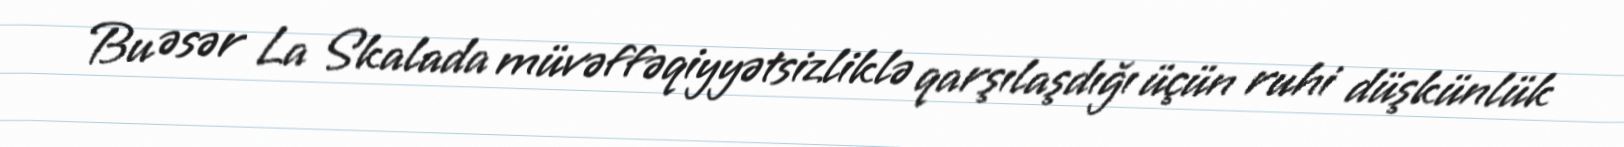
Bu əsər La Skalada müvəffəqiyyətsizliklə qarşılaşdığı üçün ruhi düşkünlük